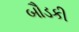
બૌડકી